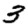
Digit: 3